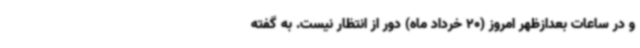
و در ساعات بعدازظهر امروز (20 خرداد ماه) دور از انتظار نیست. به گفته